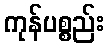
ကုန်ပစ္စည်း